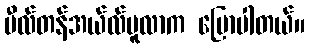
မီလ်တန်အယ်လ်မူလာက ပြောပါတယ်။